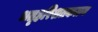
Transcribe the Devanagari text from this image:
भतृहरिशतकत्रय